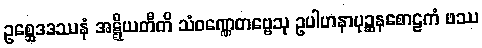
ဥစ္ဆေဒဒဿနံ အဋ္ဋီယတီတိ သံဝဏ္ဏေတဗ္ဗေသု ဥပါဟနာပုဉ္ဆနစောဠကံ ဖဿ